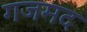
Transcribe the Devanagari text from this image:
गजमद